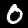
Digit: 0